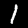
Digit: 1